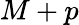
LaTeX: M+p